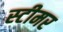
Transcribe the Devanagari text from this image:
स्‍टीमर